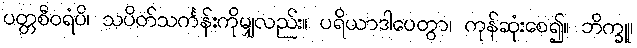
ပတ္တစီဝရံပိ၊ သပိတ်သင်္ကန်းကိုမျှလည်း။ ပရိယာဒါပေတွာ၊ ကုန်ဆုံးစေ၍။ ဘိက္ခူ၊